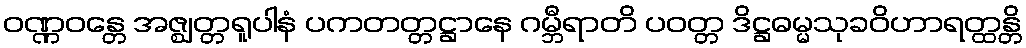
ဝဏ္ဏဝန္တေ အဇ္ဈတ္တရူပါနံ ပကတတ္တဋ္ဌာနေ ဂမ္ဘီရာတိ ပဝတ္တ ဒိဋ္ဌဓမ္မသုခဝိဟာရတ္ထန္တိ